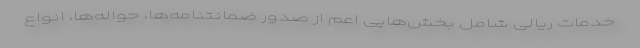
خدمات ریالی شامل بخش‌هایی اعم از صدور ضمانتنامه‌ها، حواله‌ها، انواع